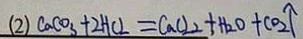
( 2 ) C a C O _ { 3 } + 2 H C L = C a C L _ { 2 } + H _ { 2 } O + C O _ { 2 } \uparrow